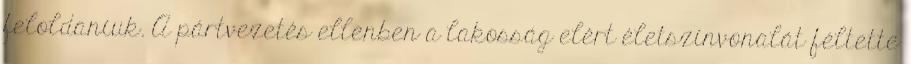
feloldaniuk. A pártvezetés ellenben a lakosság elért életszínvonalát féltette